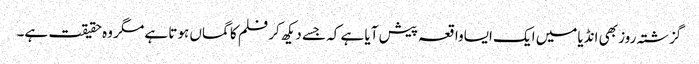
گزشتہ روز بھی انڈیامیں ایک ایساواقعہ پیش آیا ہے کہ جسے دیکھ کر فلم کا گماں ہوتا ہے مگر وہ حقیقت ہے۔